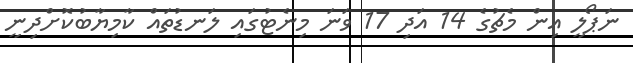
ނަޕޯލީ އިން މެޗުގެ 14 އަދި 17 ވަނަ މިނެޓުގައި ލަނޑުތައް ކާމިޔާބުކޮށްދިނީ